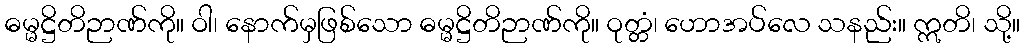
ဓမ္မဋ္ဌိတိဉာဏ်ကို။ ဝါ၊ နောက်မှဖြစ်သော ဓမ္မဋ္ဌိတိဉာဏ်ကို။ ဝုတ္တံ၊ ဟောအပ်လေ သနည်း။ ဣတိ၊ သို့။